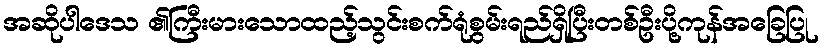
အဆိုပါဒေသ ၏ကြီးမားသောထည့်သွင်းစက်ရုံစွမ်းရည်ရှိပြီးတစ်ဦးပို့ကုန်အခြေပြု